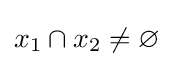
x_{1}\cap x_{2}\neq \varnothing